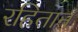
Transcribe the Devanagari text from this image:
रहितान